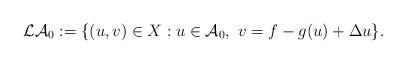
LaTeX: \begin{align*} \mathcal{LA}_0:=\{(u,v)\in X:u\in\mathcal{A}_0,~v=f-g(u)+\Delta u\}.\end{align*}